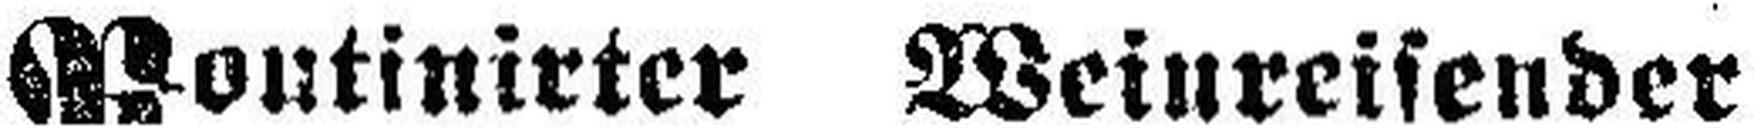
Routinirter Weinreisender